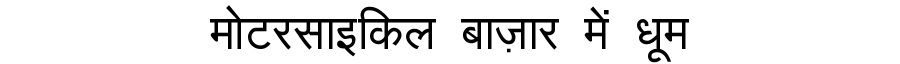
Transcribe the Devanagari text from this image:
मोटरसाइकिल बाज़ार में धूम